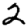
Digit: 2